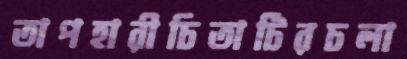
তাপহারীচিতাটিরঢলা